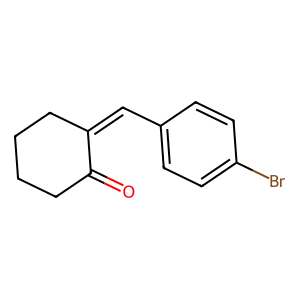
SMILES: O=C1CCCCC1=Cc1ccc(Br)cc1
Inhibits HIV replication: No